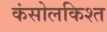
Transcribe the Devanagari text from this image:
कंसोलकिश्त